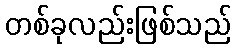
တစ်ခုလည်းဖြစ်သည်